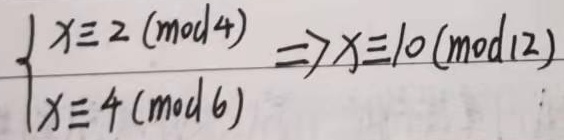
\(\begin{cases}x\equiv2\ (\text{mod }4)\\x\equiv4\ (\text{mod }6)\end{cases}\Rightarrow x\equiv10\ (\text{mod }12)\)